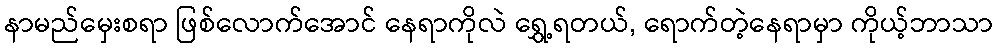
နာမည်မှေးစရာ ဖြစ်လောက်အောင် နေရာကိုလဲ ရွှေ့ရတယ်, ရောက်တဲ့နေရာမှာ ကိုယ့်ဘာသာ